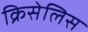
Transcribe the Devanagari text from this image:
क्रिसेलिस